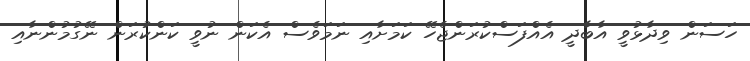
ހަސަން ވިދާޅުވީ އާބާދީ އެއްފަސްކުރަންޖެހޭ ކަމަށާއި ނަމަވެސް އެކަން ނުވީ ކަންކުރަން ނޭގުމުންނާއި